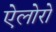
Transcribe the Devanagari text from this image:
ऐलोरो